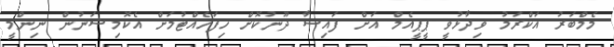
މެމްބަރު އަކްރަމު ވިދާޅުވީ ޕީޕީއެމް އަށް ފައިސާ ދޫނުކޮށް ހިފަހެއްޓުމަށް އެކޮމިޝަނުން ނިންމީ